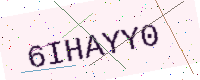
Text: 6IHAYY0